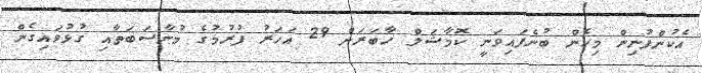
އެކުންފުނިން މިހެން ބުނެފައިވަނީ ކޮމާޝަލް ހާބަރަށް 29 އަހަރު ފުރުމުގެ މުނާސަބަތާއި ގުޅުވައިގެން